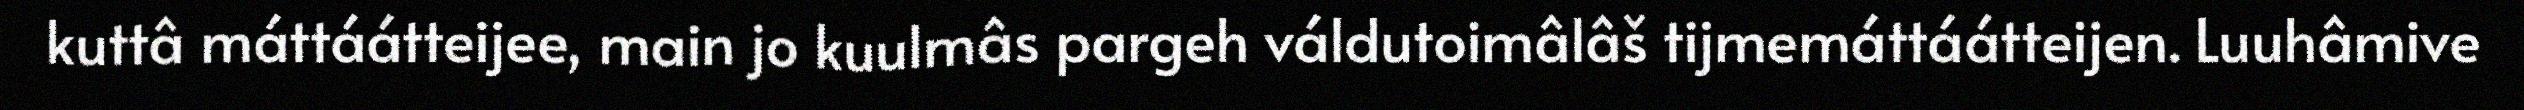
kuttâ máttáátteijee, main jo kuulmâs pargeh váldutoimâlâš tijmemáttáátteijen. Luuhâmive